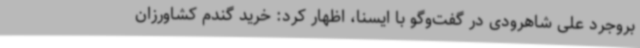
بروجرد علی شاهرودی در گفت‌وگو با ایسنا، اظهار کرد: خرید گندم کشاورزان